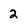
Character: 2